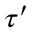
\tau ^ { \prime }